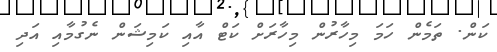
ކަން. ތަމެން ހަމަ މިހާރުން މިހާރަށް ކަޓް އާއި ކަމިޝަން ނެގުމާއި އަދި